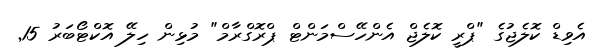
އެވިޑް ކޮލެޖުގެ "ޕްރީ ކޮލެޖް އެންހޭސްމަންޓް ޕްރޮގްރާމް" މުޅިން ހިލޭ އޮކްޓޯބަރު 15